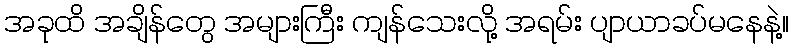
အခုထိ အချိန်တွေ အများကြီး ကျန်သေးလို့ အရမ်း ပျာယာခပ်မနေနဲ့။